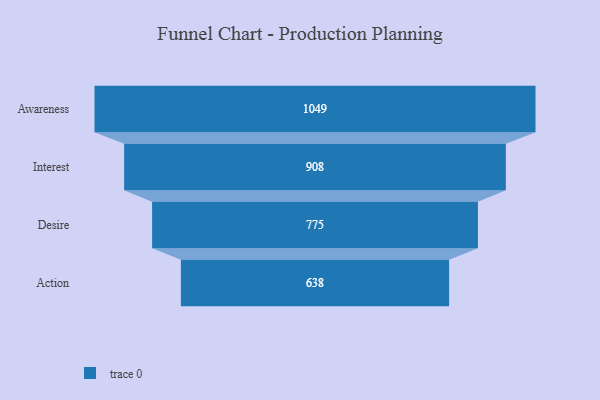
{"axis": {"x": "Stage", "y": "Value"}, "legend": [""], "data": [{"x": "Awareness", "y": 1049.0, "type": ""}, {"x": "Interest", "y": 908.0, "type": ""}, {"x": "Desire", "y": 775.0, "type": ""}, {"x": "Action", "y": 638.0, "type": ""}]}